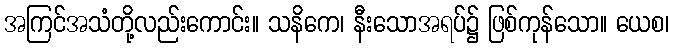
အကြင်အသံတို့လည်းကောင်း။ သနိကေ၊ နီးသောအရပ်၌ ဖြစ်ကုန်သော။ ယေစ၊